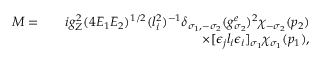
\begin{array} { r l r } { { \cal M } = } & { } & { i g _ { Z } ^ { 2 } ( 4 E _ { 1 } E _ { 2 } ) ^ { 1 / 2 } ( l _ { i } ^ { 2 } ) ^ { - 1 } \delta _ { \sigma _ { 1 } , - \sigma _ { 2 } } ( g _ { \sigma _ { 2 } } ^ { e } ) ^ { 2 } \chi _ { - \sigma _ { 2 } } ( p _ { 2 } ) } \\ & { } & { \times [ \epsilon _ { j } l _ { i } \epsilon _ { i } ] _ { \sigma _ { 1 } } \chi _ { \sigma _ { 1 } } ( p _ { 1 } ) , } \end{array}